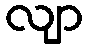
လျာ